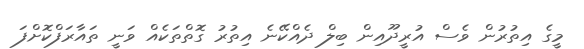
މީގެ އިތުރުން ވެސް އުރީދޫއިން ބިލް ދެއްކޭނެ އިތުރު ގޮތްތަކެއް ވަނީ ތައާރަފްކޮށްފަ